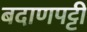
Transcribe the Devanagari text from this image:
बदाणपट्टी